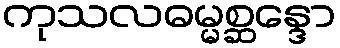
ကုသလဓမ္မစ္ဆန္ဒော